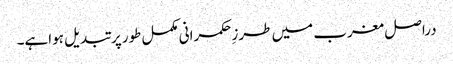
دراصل مغرب میں طرزِحکمرانی مکمل طورپر تبدیل ہواہے۔